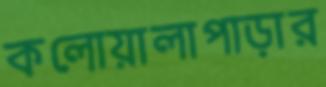
কলোয়ালাপাড়ার